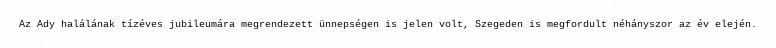
Az Ady halálának tízéves jubileumára megrendezett ünnepségen is jelen volt, Szegeden is megfordult néhányszor az év elején.